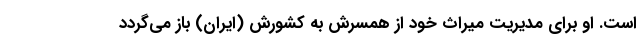
است. او برای مدیریت میراث خود از همسرش به کشورش (ایران) باز می‌گردد